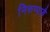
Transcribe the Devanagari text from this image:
निरुप्पाबै